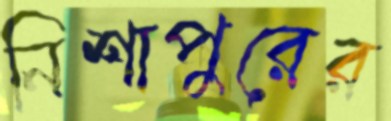
নিশাপুরের